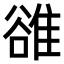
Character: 𨿜